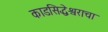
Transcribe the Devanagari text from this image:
काडसिद्धेश्वराचा